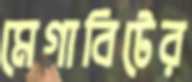
মেগাবিটের